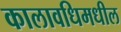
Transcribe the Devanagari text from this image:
कालावधिमधील